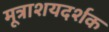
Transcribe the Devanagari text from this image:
मूत्राशयदर्शक